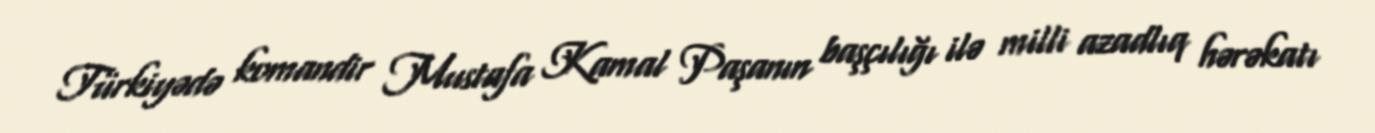
Türkiyədə komandir Mustafa Kamal Paşanın başçılığı ilə milli azadlıq hərəkatı